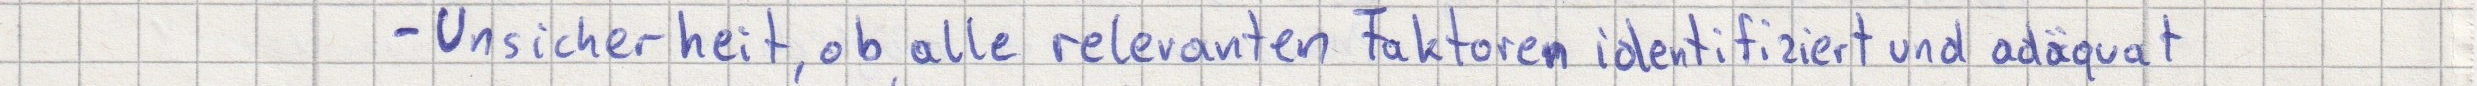
- Unsicherheit, ob alle relevanten Faktoren identifiziert und adäquat